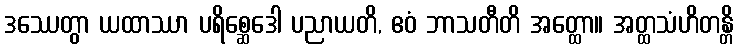
ဒဿေတွာ ယထာဿာ ပရိစ္ဆေဒေါ ပညာယတိ, ဧဝံ ဘာသတီတိ အတ္ထော။ အတ္ထသံဟိတန္တိ